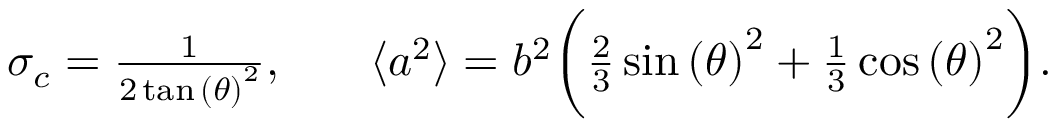
\begin{array} { r l r } { \sigma _ { c } = \frac { 1 } { 2 \tan { ( \theta ) } ^ { 2 } } , } & { { } } & { \langle \boldsymbol { a } ^ { 2 } \rangle = b ^ { 2 } \bigg ( \frac { 2 } { 3 } \sin { ( \theta ) } ^ { 2 } + \frac { 1 } { 3 } \cos { ( \theta ) } ^ { 2 } \bigg ) . } \end{array}